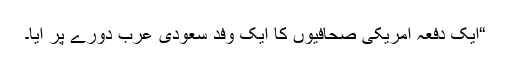
“ایک دفعہ امریکی صحافیوں کا ایک وفد سعودی عرب دورے پر آیا۔